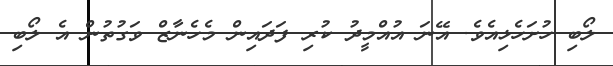
ލޯބި ހުށަހެޅިއެވެ. އޭނަ އުއްމީދު ކުރި ފަދައިން މެހެނާޒް ވަގުތުން އެ ލޯބި